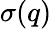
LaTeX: \sigma(q)